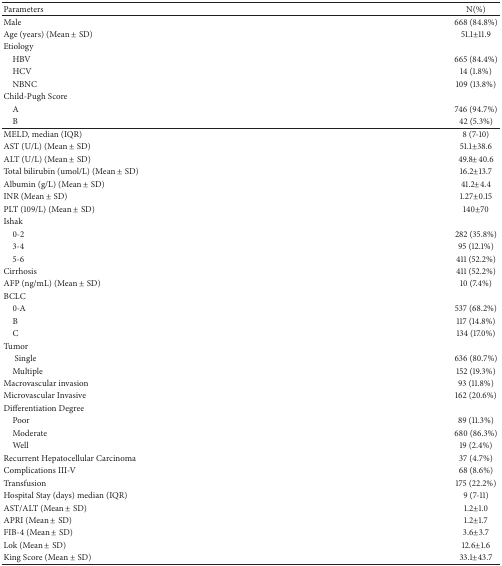
<table><thead><tr><td><b>Parameters</b></td><td><b>N(%)</b></td></tr></thead><tbody><tr><td>Male</td><td>668 (84.8%)</td></tr><tr><td>Age (years) (Mean ± SD)</td><td>51.1±11.9</td></tr><tr><td>Etiology</td><td> </td></tr><tr><td> HBV</td><td>665 (84.4%)</td></tr><tr><td> HCV</td><td>14 (1.8%)</td></tr><tr><td> NBNC</td><td>109 (13.8%)</td></tr><tr><td>Child-Pugh Score</td><td> </td></tr><tr><td> A</td><td>746 (94.7%)</td></tr><tr><td> B</td><td>42 (5.3%)</td></tr><tr><td>MELD, median (IQR)</td><td>8 (7-10)</td></tr><tr><td>AST (U/L) (Mean ± SD)</td><td>51.1±38.6</td></tr><tr><td>ALT (U/L) (Mean ± SD)</td><td>49.8±40.6</td></tr><tr><td>Total bilirubin (umol/L) (Mean ± SD)</td><td>16.2±13.7</td></tr><tr><td>Albumin (g/L) (Mean ± SD)</td><td>41.2±4.4</td></tr><tr><td>INR (Mean ± SD)</td><td>1.27±0.15</td></tr><tr><td>PLT (109/L) (Mean ± SD)</td><td>140±70</td></tr><tr><td>Ishak</td><td> </td></tr><tr><td> 0-2</td><td>282 (35.8%)</td></tr><tr><td> 3-4</td><td>95 (12.1%)</td></tr><tr><td> 5-6</td><td>411 (52.2%)</td></tr><tr><td>Cirrhosis</td><td>411 (52.2%)</td></tr><tr><td>AFP (ng/mL) (Mean ± SD)</td><td>10 (7.4%)</td></tr><tr><td>BCLC</td><td> </td></tr><tr><td> 0-A</td><td>537 (68.2%)</td></tr><tr><td>B</td><td>117 (14.8%)</td></tr><tr><td>C</td><td>134 (17.0%)</td></tr><tr><td>Tumor</td><td> </td></tr><tr><td>Single</td><td>636 (80.7%)</td></tr><tr><td>Multiple</td><td>152 (19.3%)</td></tr><tr><td>Macrovascular invasion</td><td>93 (11.8%)</td></tr><tr><td>Microvascular Invasive</td><td>162 (20.6%)</td></tr><tr><td>Differentiation Degree</td><td> </td></tr><tr><td> Poor</td><td>89 (11.3%)</td></tr><tr><td> Moderate</td><td>680 (86.3%)</td></tr><tr><td> Well</td><td>19 (2.4%)</td></tr><tr><td>Recurrent Hepatocellular Carcinoma</td><td>37 (4.7%)</td></tr><tr><td>Complications III-V</td><td>68 (8.6%)</td></tr><tr><td>Transfusion</td><td>175 (22.2%)</td></tr><tr><td>Hospital Stay (days) median (IQR)</td><td>9 (7-11)</td></tr><tr><td>AST/ALT (Mean ± SD)</td><td>1.2±1.0</td></tr><tr><td>APRI (Mean ± SD)</td><td>1.2±1.7</td></tr><tr><td>FIB-4 (Mean ± SD)</td><td>3.6±3.7</td></tr><tr><td>Lok (Mean ± SD)</td><td>12.6±1.6</td></tr><tr><td>King Score (Mean ± SD)</td><td>33.1±43.7</td></tr></tbody></table>